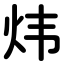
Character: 炜